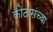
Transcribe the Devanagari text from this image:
कोठारांच्या